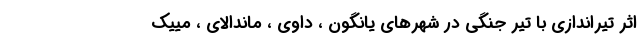
اثر تیراندازی با تیر جنگی در شهرهای یانگون ، داوی ، ماندالای ، مییک